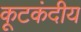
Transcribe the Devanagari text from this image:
कूटकंदीय